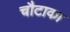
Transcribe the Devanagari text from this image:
चौटाका